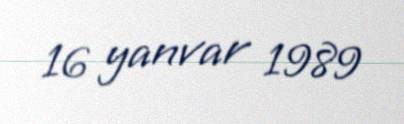
16 yanvar 1989